Annual statistical returns and brief notes on vaccination in Bengal - 1887-1898
Year: 1887
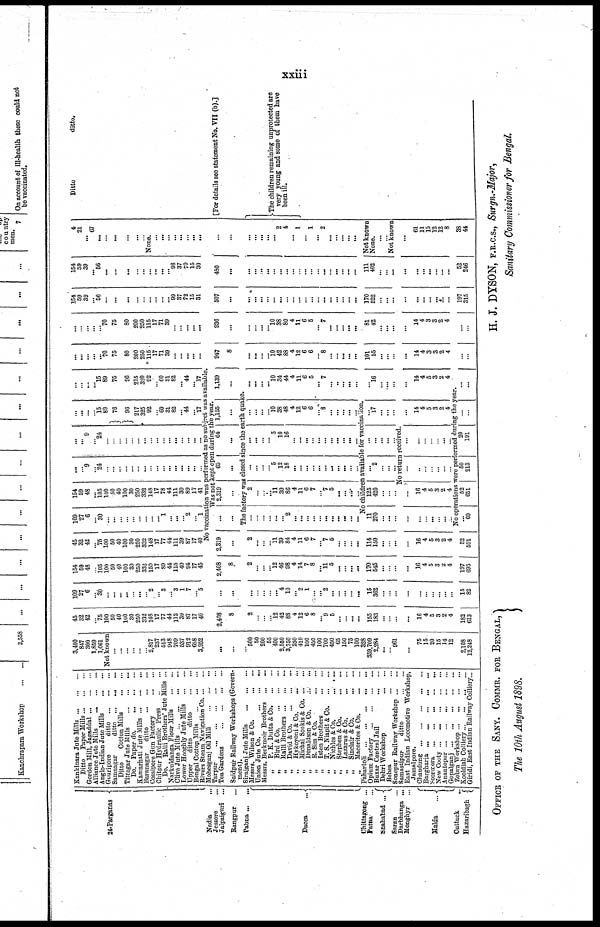
xxiii
24-Parganas
Nadia...
Jessore...
Jalpaiguri... ...
Rangpur...
Pabna...
Dacca...
Ghittagong ...
Patna...
Shahabad ...
Saran...
Darbhanga ...
Monghyr...
Malda...
Cuttack...
Hazaribagh...
Kankinara Jute Mills...
...
...
Ditto Paper Mills...
...
...
Gordon Mill, Jagaddal...
...
...
Alliance Jute
Mills...
...
...
Anglo-Indian Jute Mills... ... ...
Gouripore
ditto... ...
Samnagar
ditto... ... ...
Ditto
Cotton Mills... ... ...
Tittagar Jute Mills...
...
...
Do. Paper
do....
...
...
Kamarhati Jute Mills...
...
...
Baranagar
ditto... ... ...
Cossipore Gun
Factory...
...
Chitpur Hydraulic Press... ... ...
Do. Ralli Brothers' Jute Mills ...
Narkuldanga Flour Mills... ... ...
Clive Jute
Mills...
...
...
Lower Hooghly Jute Mills... ... ...
Upper
ditto
ditto... ... ...
Bengal Cotton Mills...
...
...
Rivers Steam Navigation Co. ... ...
Mohesganj Oil Mill...
...
...
Tarpur...
...
Tea Gardens...
...
...
...
Saidpur Railway Workshops (Govern-
ment).
Sirajganj Jute Mills... ... ... ...
Messrs. Wilson &
Co....
Union Jute
Co....
Messrs. Berkmoir Brothers... ... ...
„
P. K. Dutta&Co. ... ...
„
Bird & Co.
...
...
...
„
Balli Brothers...
...
...
„
David & Co. ... ... ...
„
Hykoyoni & Co.
...
...
„
Michal Sookis &
Co... ...
„
Donaldson & Co. ... ...
„
R. Sim & Co.
...
...
„
Isten
Brothers...
...
„
T. S. Niapit &
Co...
...
„ Nichles & Co.
...
...
„
Stephen & Co.
...
...
„
Lazarus & Co. ... ...
„
Sinclair & Co.
...
...
„
Macorites & Co.
...
...
Panartoli
...
...
Opium Factory
...
...
...
Buxar Central
Jail...
...
...
Dehri
Workshop...
...
...
Behea...
...
Sonepur Bailway Workshop...
...
Samastipur
ditto
...
...
East Indian Locomotive Workshop,
Jamalpore.
Chaudung...
...
Bargharia...
...
...
Soormora...
...
...
New
Cooty...
...
...
Anantopur...
...
...
...
...
Gopalganj... ... ... ... ... ...
Zobra
Workshop...
...
Kooldiah Colliery... ... ... ... ...
Giridi, East Indian Railway Colliery...
3,400
847
300
1,859
1,061
Not known
...
...
...
...
...
...
2,817
237
513
948
709
537
912
658
3,952
...
...
500
50
200
55
400
2,550
3,750
250
410
100
450
100
700
450
65
150
75
100
328
359,709
2,284
...
... 961
...
75
15
20
15
14
12
2,108
12,248
45
32
42
... 75
100
50
40
100
30
250
332
148
17
77
44
112
39
87
17
40
2,408
8
2
...
...
...
12
42
88
4
12
6
8
...
9
5
...
...
...
...
155
183
...
...
...
...
16
4
5
3
2
4
182
613
109
27
6
... 30
...
...
...
...
...
...
...
2
...
3
...
3
1
7
...
5
...
...
...
...
...
...
... 4
10
...
2
1
...
... 2
...
...
...
...
...
15
362
...
...
...
...
...
...
...
... ...
...
15
82
154
59
48
...
105
100
50
40
100
30
250
332
150
17
80
44
115
40
94
17
45
2,408
8
2
...
...
...
12
46
98
4
14
7
8
...
11
5
...
...
...
...
170
545
...
...
...
...
16
4
5
3
2
4
197
695
45
32
42
... 75
100
50
40
100
30
250
332
148
17
77
44
111
39
87
17
40
109
27
6
...
30
...
...
...
...
...
...
...
...
...
1
...
...
...
2
...
1
154
59
48
...
105
100
50
40
100
30
250
332
148
17
78
44
111
39
89
17
41
...
... 9
... 24
...
...
...
...
...
...
...
...
...
...
...
...
...
...
...
...
...
...
9
... 24
...
...
...
...
...
...
...
...
...
...
...
...
...
...
...
...
...
...
...
...
15
89
76
96
217
325
92
...
60
31
82
...
44
...
17
...
...
...
... 15
89
75
96
215
320
92
...
60
31
82
...
44
...
17
No vaccination was performed as no subject was available
Was not Kept open during the year.
2,319
...
2
...
...
...
11
39
84
4
11
6
7
...
7
5
...
...
...
...
114
150
...
...
...
...
16
4
5
3
2
4
52
591
...
...
2,319
...
65
...
64
...
1,155
...
1,139
...
The factory was closed since the earth quake.
...
...
...
...
...
...
2
...
...
...
...
...
...
...
...
...
...
...
2
...
...
...
11
39
86
4
11
6
7
...
7
5
...
...
...
...
...
...
...
...
5
12
18
...
...
...
...
...
...
...
...
...
...
...
...
...
...
...
5
10
16
...
...
...
...
...
...
...
...
...
...
...
...
...
... ...
10
38
48
4
12
6
6
... 8
...
...
...
...
...
No children available for vaccination.
11
270
...
...
...
...
...
...
...
...
...
...
125
420
...
...
...
...
2
...
...
...
...
...
...
...
...
No return received
...
16
4
5
3
2
4
...
...
...
...
...
...
...
...
...
...
... ...
...
...
...
17
...
...
...
...
14
4
5
3
2
4
...
...
...
...
10
34
44
4
11
6
5
...
7
...
..
...
...
...
...
16
...
...
...
...
14
4
5
3
2
4
No operations were performed during the year.
...
60
52
651
50
213
20
191
...
...
...
...
...
...
...
...
...
70
75
80
200
250
115
17
71
39
...
...
...
...
...
947
8
...
...
...
...
10
42
88
4
12
6
6
...
8
...
...
...
...
...
101
55
...
...
...
...
14
4
3
3
2
4
...
...
...
...
...
...
...
70
75
80
200
250
115
17
71
39
...
...
...
...
...
936
...
...
...
... ...
10
38
80
4
11
6
5
...
7
...
...
...
...
...
81
42
...
...
...
...
14
4
3
3
2
4
...
...
154
59
39
... 56
...
...
...
...
...
...
...
...
... 99
37
72
15
31
507
...
...
...
...
...
...
...
...
...
...
...
...
...
...
...
...
...
...
...
170
522
...
...
...
...
...
...
...
... ...
...
197
315
154
59
39
... 56
...
...
...
...
...
...
...
...
... 98
37
70
15
30
480
...
...
...
...
...
...
...
...
...
...
...
...
...
...
...
...
...
...
...
111
402
...
...
...
...
...
...
...
...
...
...
52
246
4
21
... 67
...
...
...
...
...
...
None.
...
...
...
...
...
...
...
...
...
...
...
...
...
...
...
2
4
... 1
... 1
...
2
...
...
...
...
...
Not known
None.
...
...
Not known
...
61
11
15
12
12
8
38
44
Ditto
ditto.
[For details see statement No. VII (b).]
The children remaining unprotected are
very young and some of them have
been ill.
OFFICE OF THE SANY. COMMR. FOR BENGAL,
The 10th August 1898.
H. J. DYSON, F.R.C.S., Surgn.-Major,
Sanitary Commissioner for Bengal.